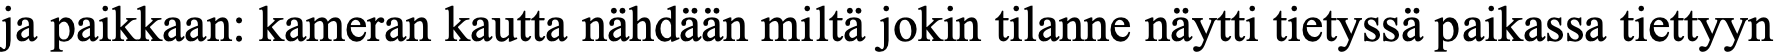
ja paikkaan: kameran kautta nähdään miltä jokin tilanne näytti tietyssä paikassa tiettyyn